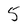
Character: 5